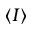
\langle I \rangle